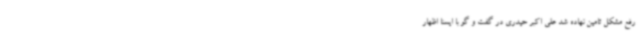
رفع مشکل تامین نهاده شد علی اکبر حیدری در گفت و گو با ایسنا اظهار